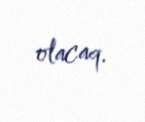
olacaq.